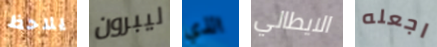
يلاحظ ليبرون الذي الايطالي اجعله